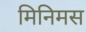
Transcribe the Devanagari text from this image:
मिनिमस